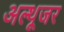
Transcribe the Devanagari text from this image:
अल्थूजर